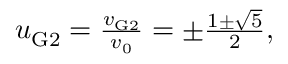
\begin{array} { r } { u _ { \mathrm { G 2 } } = \frac { v _ { \mathrm { G 2 } } } { v _ { \mathrm { 0 } } } = \pm \frac { 1 \pm \sqrt { 5 } } { 2 } , } \end{array}